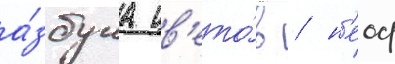
а́збука цв'ето́в / н'еоф